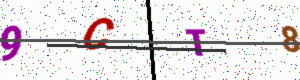
Text: 9CT8